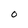
Character: O